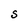
Character: S